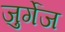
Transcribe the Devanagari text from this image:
जुर्गेज